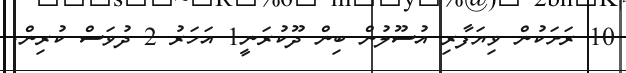
10 ރަށަކުން ވިޔަފާރި އުސޫލުން ބިން ދޫކުރަނީ1 އަހަރު 2 ދުވަސް ކުރިން.